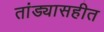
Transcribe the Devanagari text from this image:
तांड्यासहीत